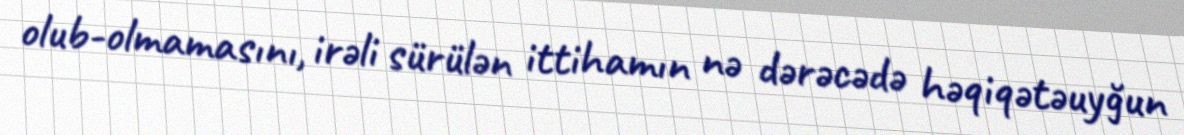
olub-olmamasını, irəli sürülən ittihamın nə dərəcədə həqiqətəuyğun